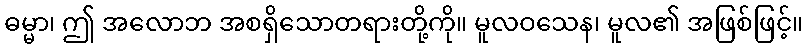
ဓမ္မာ၊ ဤ အလောဘ အစရှိသောတရားတို့ကို။ မူလဝသေန၊ မူလ၏ အဖြစ်ဖြင့်။